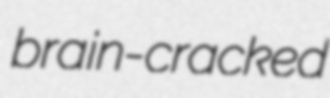
brain-cracked